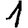
Digit: 1